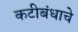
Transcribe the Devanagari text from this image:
कटीबंधाचे